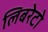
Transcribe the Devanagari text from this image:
लिबरेटो